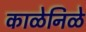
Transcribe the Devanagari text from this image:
काळेनिळे